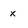
Character: x